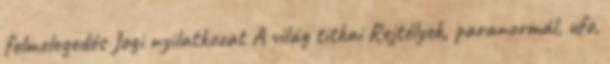
felmelegedés Jogi nyilatkozat A világ titkai Rejtélyek, paranormál, ufo,